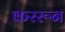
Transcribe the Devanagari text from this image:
कररून